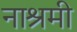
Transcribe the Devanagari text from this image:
नाश्रमी